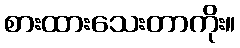
စားထားသေးတာကိုး။